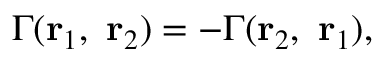
\Gamma ( { \bf r } _ { 1 } , ~ { \bf r } _ { 2 } ) = - \Gamma ( { \bf r } _ { 2 } , ~ { \bf r } _ { 1 } ) ,